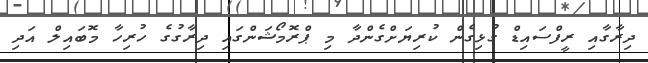
ދިރާގާއި ރީފްސައިޑް ގުޅިގެން ކުރިޔަށްގެންދާ މި ޕްރޮމޯޝަންގައި ދިރާގުގެ ހުރިހާ މޮބައިލް އަދި